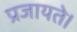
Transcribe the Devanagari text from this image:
प्रजायते।